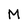
Character: M